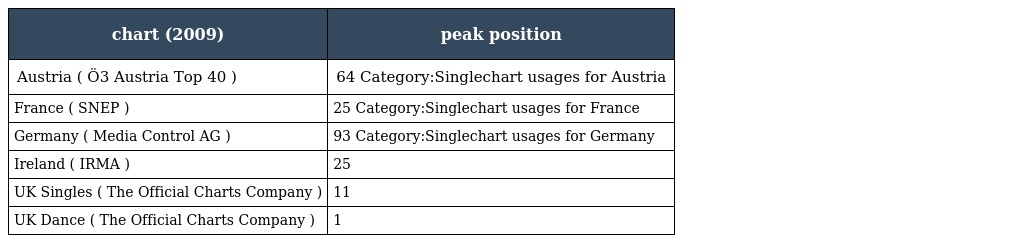
| chart (2009) | peak position |
 | --- | --- |
 | Austria ( Ö3 Austria Top 40 ) | 64 Category:Singlechart usages for Austria |
 | France ( SNEP ) | 25 Category:Singlechart usages for France |
 | Germany ( Media Control AG ) | 93 Category:Singlechart usages for Germany |
 | Ireland ( IRMA ) | 25 |
 | UK Singles ( The Official Charts Company ) | 11 |
 | UK Dance ( The Official Charts Company ) | 1 |